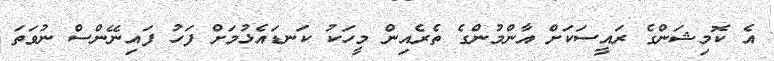
އެ ކޮމިޝަންގެ ރައީސަކަށް އާންމުންގެ ތެރެއިން މީހަކު ކަނޑައެޅުމަށް ފަހު ފައިނޭންސް ނުވަތަ